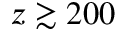
z \gtrsim 2 0 0